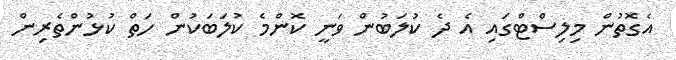
އެގޮތުން މިލިސްޓްގައި އެ ދެ ކުލަބުން ވަނީ ކޮންމެ ކުލަބަކުން ހަތް ކުޅުންތެރިން